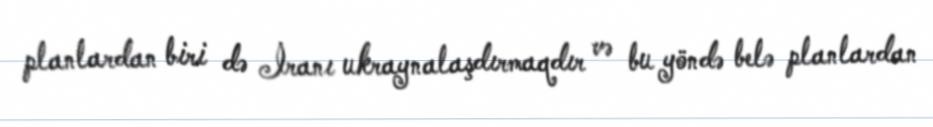
planlardan biri də İranı ukraynalaşdırmaqdır və bu yöndə belə planlardan